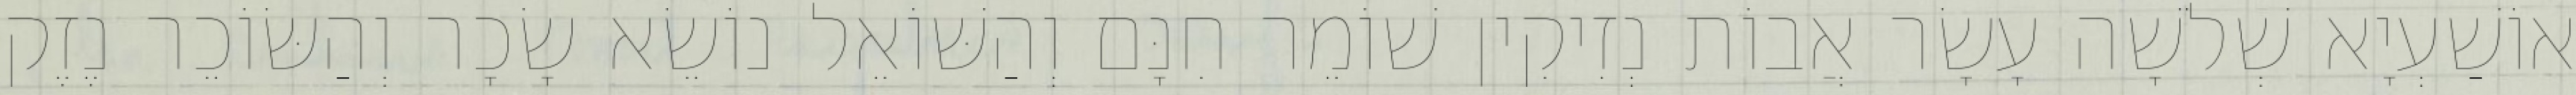
אוֹשַׁעְיָא שְׁלֹשָׁה עָשָׂר אֲבוֹת נְזִיקִין שׁוֹמֵר חִנָּם וְהַשּׁוֹאֵל נוֹשֵׂא שָׂכָר וְהַשּׂוֹכֵר נֶזֶק